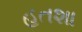
હતશા